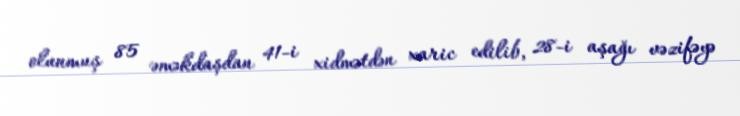
olunmuş 85 əməkdaşdan 41-i xidmətdən xaric edilib, 28-i aşağı vəzifəyə